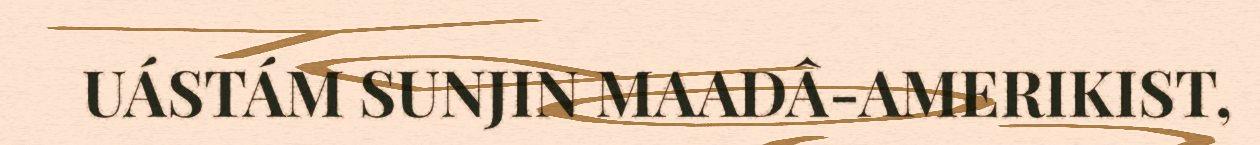
UÁSTÁM SUNJIN MAADÂ-AMERIKIST,